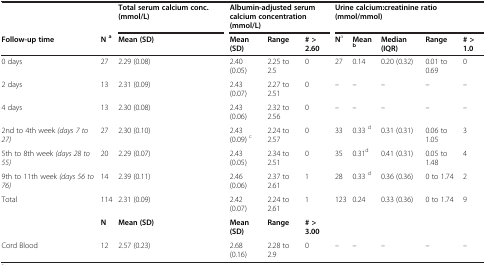
<table><thead><tr><td><b> </b></td><td><b> </b></td><td><b>Total serum calcium conc. (mmol/L)</b></td><td colspan="3"><b>Albumin-adjusted serum calcium concentration (mmol/L)</b></td><td colspan="5"><b>Urine calcium:creatinine ratio (mmol/mmol)</b></td></tr><tr><td><b>Follow-up time</b></td><td><b>N<sup>a</sup></b></td><td><b>Mean (SD)</b></td><td><b>Mean (SD)</b></td><td><b>Range</b></td><td><b># &gt; 2.60</b></td><td><b>N<sup>a</sup></b></td><td><b>Mean<sup>b</sup></b></td><td><b>Median (IQR)</b></td><td><b>Range</b></td><td><b># &gt; 1.0</b></td></tr></thead><tbody><tr><td>0 days</td><td>27</td><td>2.29 (0.08)</td><td>2.40 (0.05)</td><td>2.25 to 2.5</td><td>0</td><td>27</td><td>0.14</td><td>0.20 (0.32)</td><td>0.01 to 0.69</td><td>0</td></tr><tr><td>2 days</td><td>13</td><td>2.31 (0.09)</td><td>2.43 (0.07)</td><td>2.27 to 2.51</td><td>0</td><td>–</td><td>–</td><td>–</td><td>–</td><td>–</td></tr><tr><td>4 days</td><td>13</td><td>2.30 (0.08)</td><td>2.43 (0.06)</td><td>2.32 to 2.56</td><td>0</td><td>–</td><td>–</td><td>–</td><td>–</td><td>–</td></tr><tr><td>2nd to 4th week <i>(days 7 to 27)</i></td><td>27</td><td>2.30 (0.10)</td><td>2.43 (0.09) <sup>c</sup></td><td>2.24 to 2.57</td><td>0</td><td>33</td><td>0.33 <sup>d</sup></td><td>0.31 (0.31)</td><td>0.06 to 1.05</td><td>3</td></tr><tr><td>5th to 8th week <i>(days 28 to 55)</i></td><td>20</td><td>2.29 (0.07)</td><td>2.43 (0.05)</td><td>2.34 to 2.51</td><td>0</td><td>35</td><td>0.31<sup>d</sup></td><td>0.41 (0.31)</td><td>0.05 to 1.48</td><td>4</td></tr><tr><td>9th to 11th week <i>(days 56 to 76)</i></td><td>14</td><td>2.39 (0.11)</td><td>2.46 (0.06)</td><td>2.37 to 2.61</td><td>1</td><td>28</td><td>0.33 <sup>d</sup></td><td>0.36 (0.36)</td><td>0 to 1.74</td><td>2</td></tr><tr><td>Total</td><td>114</td><td>2.31 (0.09)</td><td>2.42 (0.07)</td><td>2.24 to 2.61</td><td>1</td><td>123</td><td>0.24</td><td>0.33 (0.36)</td><td>0 to 1.74</td><td>9</td></tr><tr><td> </td><td><b>N</b></td><td><b>Mean (SD)</b></td><td><b>Mean (SD)</b></td><td><b>Range</b></td><td><b># &gt; 3.00</b></td><td> </td><td> </td><td> </td><td> </td><td> </td></tr><tr><td>Cord Blood</td><td>12</td><td>2.57 (0.23)</td><td>2.68 (0.16)</td><td>2.28 to 2.9</td><td>0</td><td>–</td><td>–</td><td>–</td><td>–</td><td>–</td></tr></tbody></table>